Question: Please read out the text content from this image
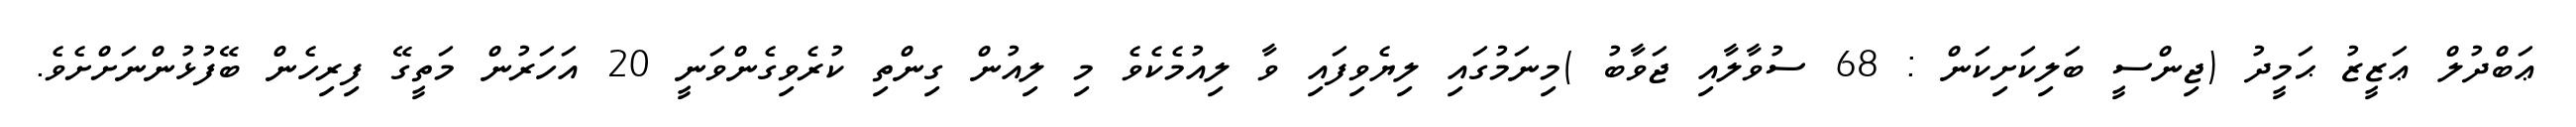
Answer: ޢަބްދުލް ޢަޒީޒު ޙަމީދު (ޖިންސީ ބަލިކަށިކަން : 68 ސުވާލާއި ޖަވާބު )މިނަމުގައި ލިޔެވިފައި ވާ ލިއުމެކެވެ މި ލިއުން ގިންތި ކުރެވިގެންވަނީ 20 އަހަރުން މަތީގޭ ފިރިހެން ބޭފުޅުންނަށްށެވެ.